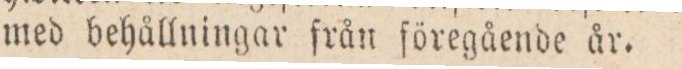
med behållningar från föregående år.